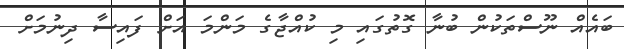
ބައެއް ނޫސްތަކުން ބުނާ ގޮތުގައި މި ކުއްޖާގެ މަންމަ އަށް ފައިސާ ދިނުމަށް